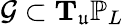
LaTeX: \mathcal{G}\subset\mathbf{T}_{\mathfrak{u}}\mathbb{P}_{L}